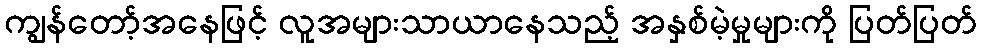
ကျွန်တော့်အနေဖြင့် လူအများသာယာနေသည့် အနှစ်မဲ့မှုများကို ပြတ်ပြတ်